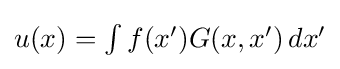
{\textstyle u(x)=\int f(x')G(x,x')\,dx'}